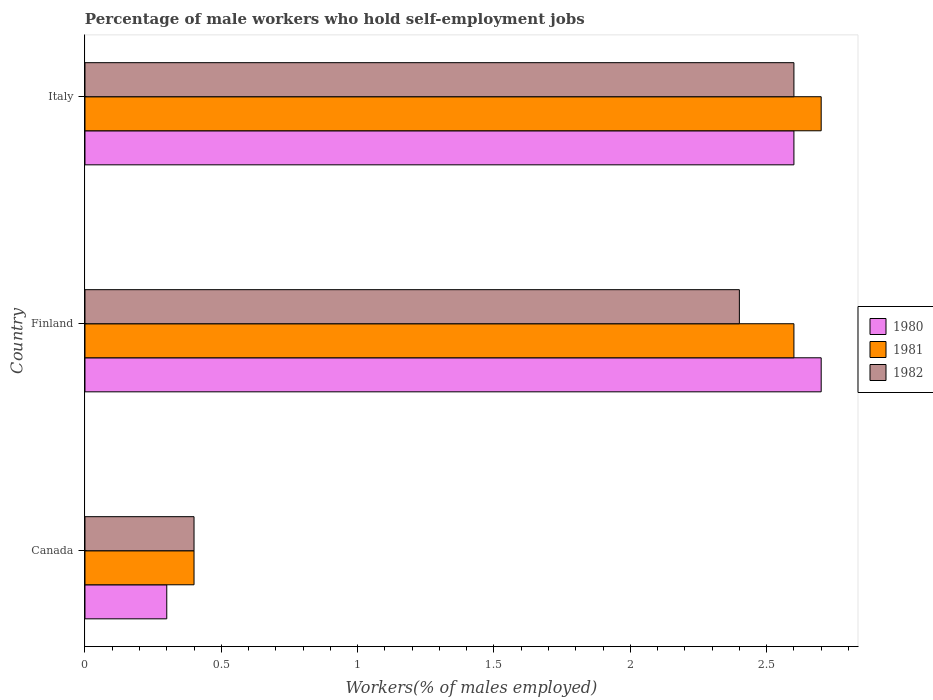
| Country | 1980 | 1981 | 1982 |
 | --- | --- | --- | --- |
 | Canada | 0.3 | 0.4 | 0.4 |
 | Finland | 2.7 | 2.6 | 2.4 |
 | Italy | 2.6 | 2.7 | 2.6 |